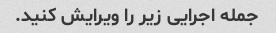
جمله اجرایی زیر را ویرایش کنید.